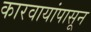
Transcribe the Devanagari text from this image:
कारवायांपासून